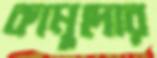
কামুদোর